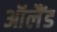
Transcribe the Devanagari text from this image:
ऑलैंड